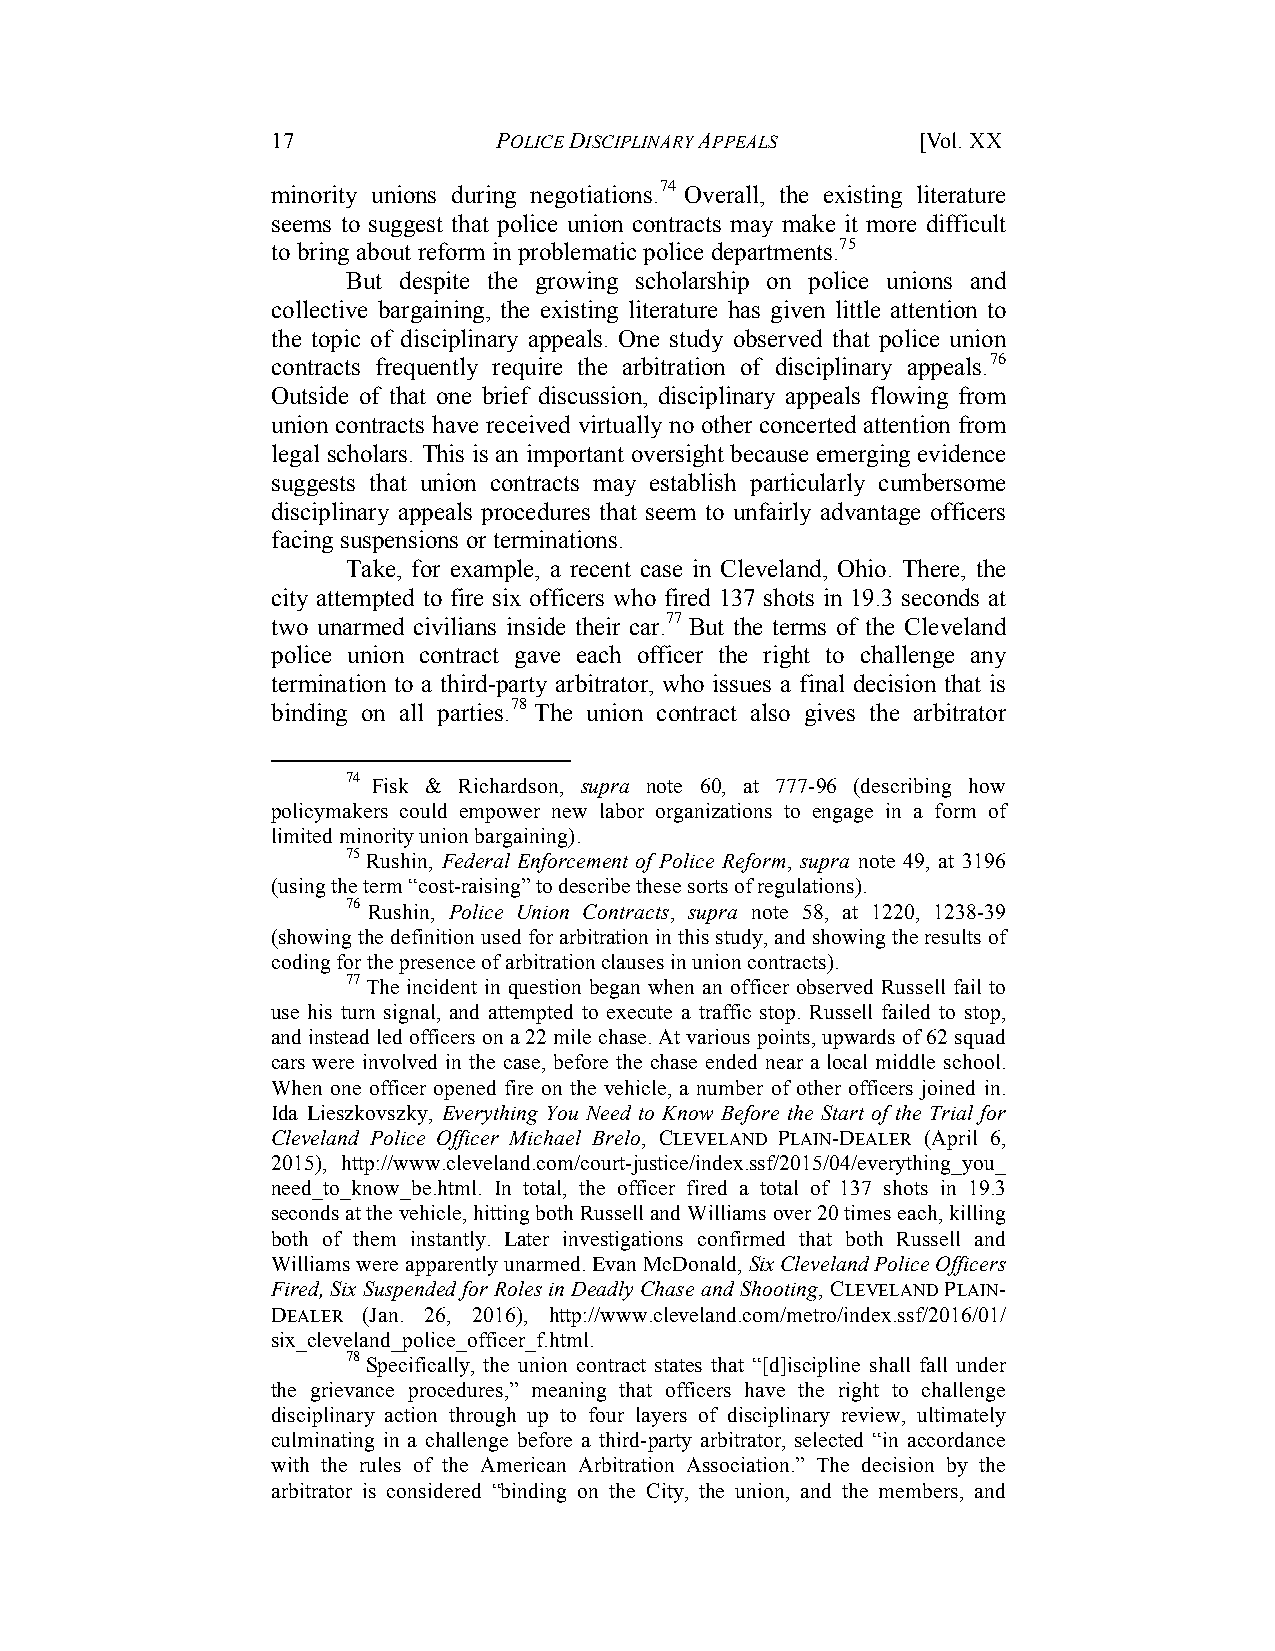
17             POLICE DISCIPLINARY APPEALS [Vol. XX
 minority unions during negotiations.74 Overall, the existing literature
 seems to suggest that police union contracts may make it more difficult
 to bring about reform in problematic police departments.75
 But despite the growing scholarship on police unions and
 collective bargaining, the existing literature has given little attention to
 the topic of disciplinary appeals. One study observed that police union
 contracts frequently require the arbitration of disciplinary appeals.76
 Outside of that one brief discussion, disciplinary appeals flowing from
 union contracts have received virtually no other concerted attention from
 legal scholars. This is an important oversight because emerging evidence
 suggests that union contracts may establish particularly cumbersome
 disciplinary appeals procedures that seem to unfairly advantage officers
 facing suspensions or terminations.
 Take, for example, a recent case in Cleveland, Ohio. There, the
 city attempted to fire six officers who fired 137 shots in 19.3 seconds at
 two unarmed civilians inside their car.77 But the terms of the Cleveland
 police union contract gave each officer the right to challenge any
 termination to a third-party arbitrator, who issues a final decision that is
 binding on all parties.78 The union contract also gives the arbitrator
 74 Fisk & Richardson, supra note 60, at 777-96 (describing how
 policymakers could empower new labor organizations to engage in a form of
 limited minority union bargaining).
 75 Rushin, Federal Enforcement of Police Reform, supra note 49, at 3196
 (using the term “cost-raising” to describe these sorts of regulations).
 76 Rushin, Police Union Contracts, supra note 58, at 1220, 1238-39
 (showing the definition used for arbitration in this study, and showing the results of
 coding for the presence of arbitration clauses in union contracts).
 77 The incident in question began when an officer observed Russell fail to
 use his turn signal, and attempted to execute a traffic stop. Russell failed to stop,
 and instead led officers on a 22 mile chase. At various points, upwards of 62 squad
 cars were involved in the case, before the chase ended near a local middle school.
 When one officer opened fire on the vehicle, a number of other officers joined in.
 Ida Lieszkovszky, Everything You Need to Know Before the Start of the Trial for
 Cleveland Police Officer Michael Brelo, CLEVELAND PLAIN-DEALER (April 6,
 2015), http://www.cleveland.com/court-justice/index.ssf/2015/04/everything_you_
 need_to_know_be.html. In total, the officer fired a total of 137 shots in 19.3
 seconds at the vehicle, hitting both Russell and Williams over 20 times each, killing
 both of them instantly. Later investigations confirmed that both Russell and
 Williams were apparently unarmed. Evan McDonald, Six Cleveland Police Officers
 Fired, Six Suspended for Roles in Deadly Chase and Shooting, CLEVELAND PLAIN-
 DEALER (Jan. 26, 2016), http://www.cleveland.com/metro/index.ssf/2016/01/
 six_cleveland_police_officer_f.html.
 78 Specifically, the union contract states that “[d]iscipline shall fall under
 the grievance procedures,” meaning that officers have the right to challenge
 disciplinary action through up to four layers of disciplinary review, ultimately
 culminating in a challenge before a third-party arbitrator, selected “in accordance
 with the rules of the American Arbitration Association.” The decision by the
 arbitrator is considered “binding on the City, the union, and the members, and